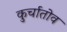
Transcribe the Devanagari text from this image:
कुर्चातोव